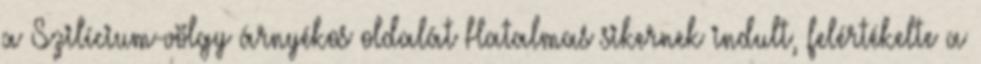
a Szilícium-völgy árnyékos oldalát Hatalmas sikernek indult, felértékelte a